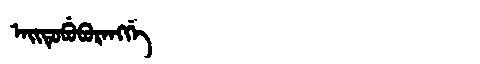
Manchu: ᠠᡳᡨᡠᠪᡠᠪᡠᡵᠠᠩᡤᡝ
Romanization: AITUBUBURANGGE